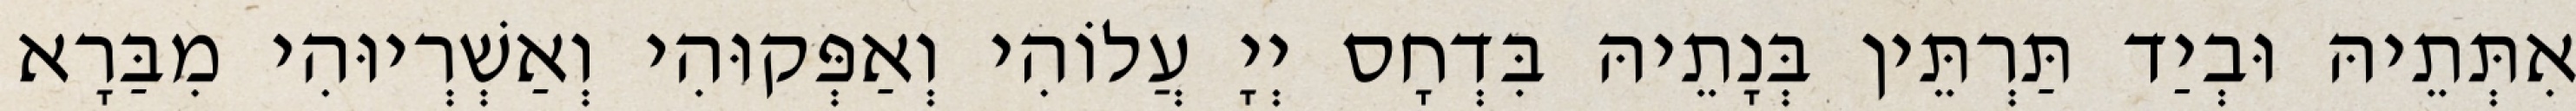
אִתְּתֵיהּ וּבְיַד תַּרְתֵּין בְּנָתֵיהּ בִּדְחָס יְיָ עֲלוֹהִי וְאַפְּקוּהִי וְאַשְׁרְיוּהִי מִבַּרָא